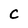
Character: C